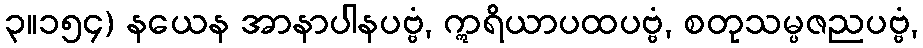
၃။၁၅၄) နယေန အာနာပါနပဗ္ဗံ, ဣရိယာပထပဗ္ဗံ, စတုသမ္ပဇညပဗ္ဗံ,